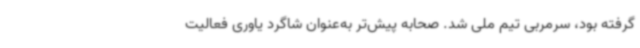
گرفته بود، سرمربی تیم ملی شد. صحابه پیش‌تر به‌عنوان شاگرد یاوری فعالیت